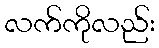
လက်ကိုလည်း